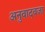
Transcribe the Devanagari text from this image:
अनुवादवजा